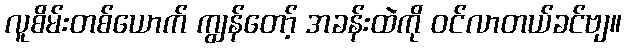
လူစိမ်းတစ်ယောက် ကျွန်တော့် အခန်းထဲကို ဝင်လာတယ်ခင်ဗျ။